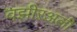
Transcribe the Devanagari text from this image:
वझीऱअली